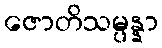
ဇောတိသမ္ပန္နာ